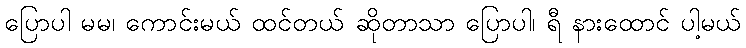
ပြောပါ မမ၊ ကောင်းမယ် ထင်တယ် ဆိုတာသာ ပြောပါ၊ ရီ နားထောင် ပါ့မယ်